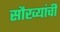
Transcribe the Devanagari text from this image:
सौख्यांची